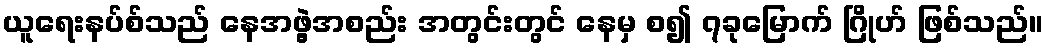
ယူရေးနပ်စ်သည် နေအဖွဲ့အစည်း အတွင်းတွင် နေမှ စ၍ ၇ခုမြောက် ဂြိုဟ် ဖြစ်သည်။